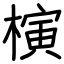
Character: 𣘹